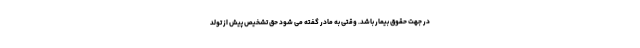
در جهت حقوق بیمار باشد. وقتی به مادر گفته می شود حق تشخیص پیش از تولد